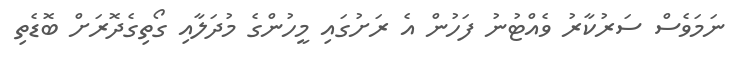
ނަމަވެސް ސަރުކާރު ވެއްޓުނު ފަހުން އެ ރަށުގައި މީހުންގެ މުދަލާއި ގޯތިގެދޮރަށް ބޮޑެތި